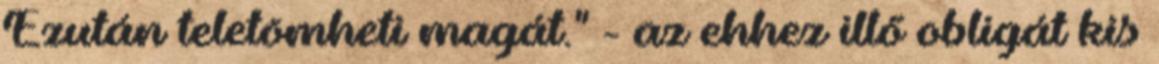
Ezután teletömheti magát." - az ehhez illő obligát kis